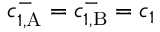
c _ { 1 , \mathrm { A } } ^ { - } = c _ { 1 , \mathrm { B } } ^ { - } = c _ { 1 }